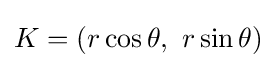
K=(r\cos \theta ,\ r\sin \theta )